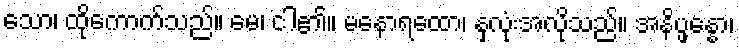
သော၊ ထိုကောက်သည်။ မေ၊ ငါ၏။ မနောရထော၊ နှလုံးအလိုသည်။ အနိပ္ဖန္နော၊